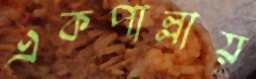
একপাল্লায়